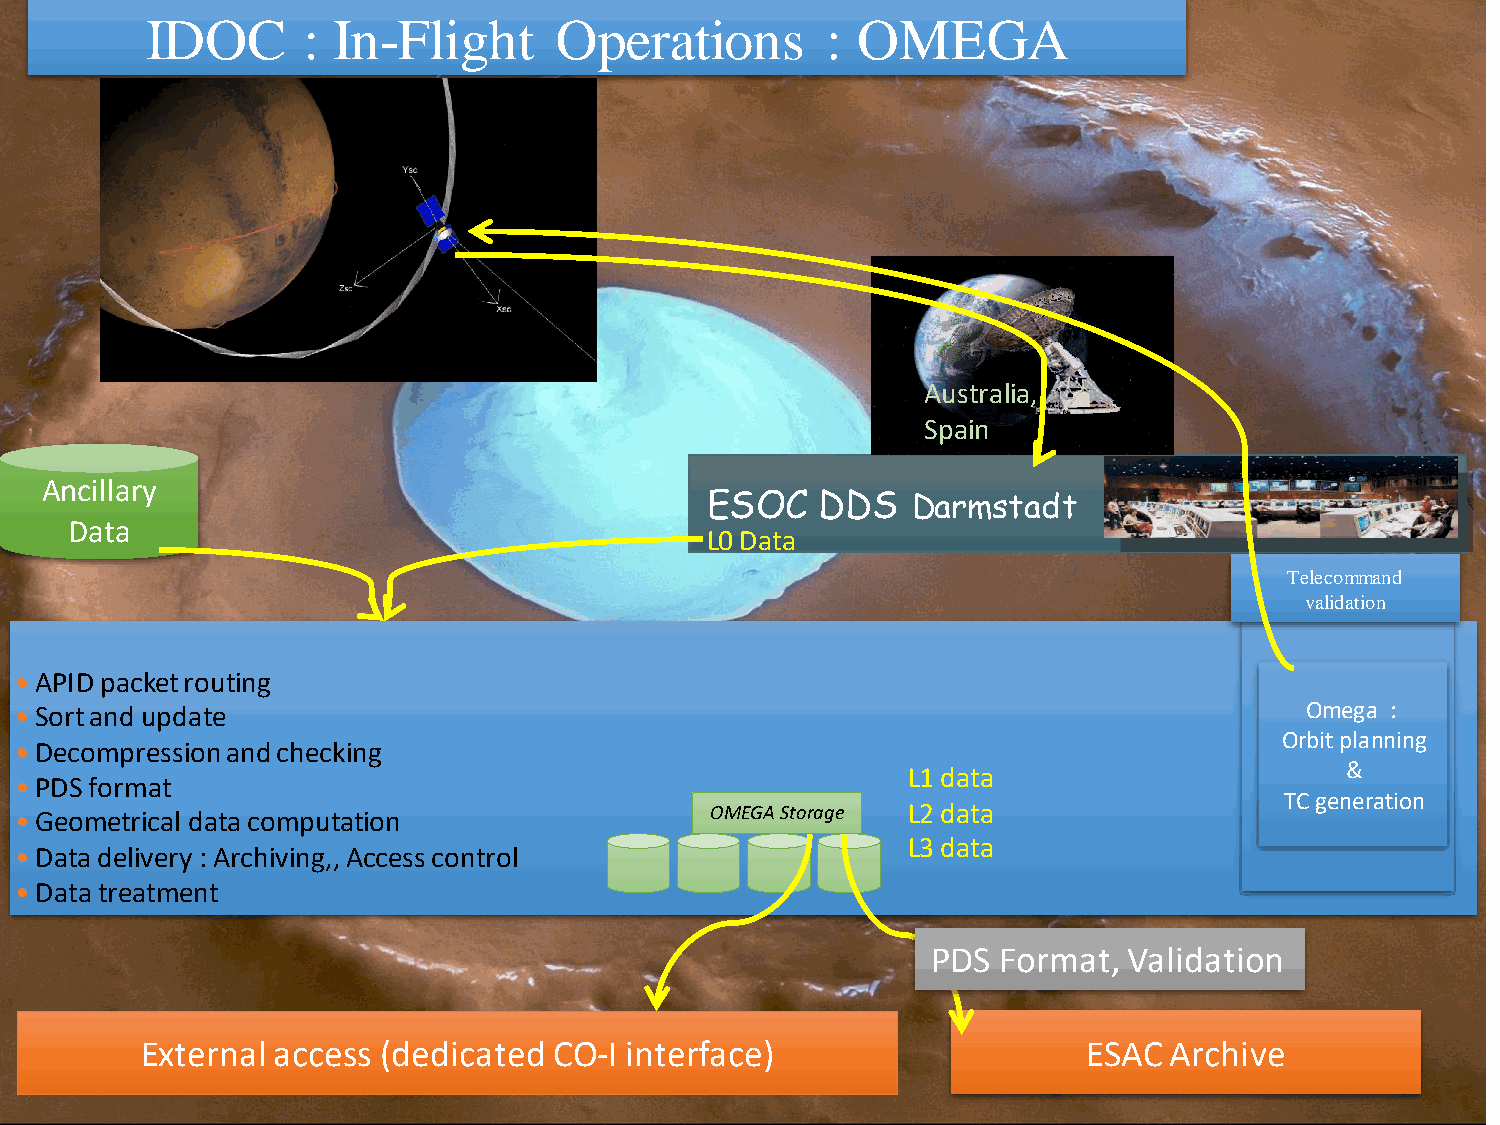
IDOC      : In-Flight      Operations        : OMEGA
 Australia,
 Spain
 Ancillary
 ESOC   DDS   Darmstadt
 Data
 L0 Data
 Telecommand
 validation
 •APID packet routing
 •Sort and update                                                                     Omega :
 Orbit planning
 •Decompression and checking
 L1 data                      &
 •PDS format
 TC generation
 •Geometrical data computation                 OMEGA Storage L2 data
 L3 data
 •Data delivery : Archiving,, Access control
 •Data treatment
 PDS Format,  Validation
 External access (dedicated  CO-I interface)                    ESAC Archive